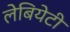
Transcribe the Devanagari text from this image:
लेबियेटी